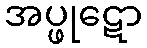
အပ္ဖုဋော